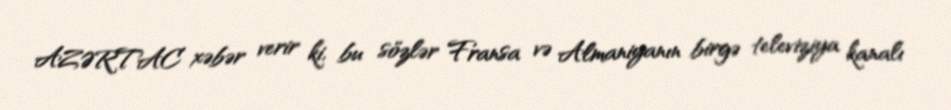
AZƏRTAC xəbər verir ki, bu sözlər Fransa və Almaniyanın birgə televiziya kanalı